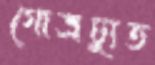
গোত্রচ্যুত